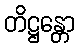
တိဋ္ဌန္တော